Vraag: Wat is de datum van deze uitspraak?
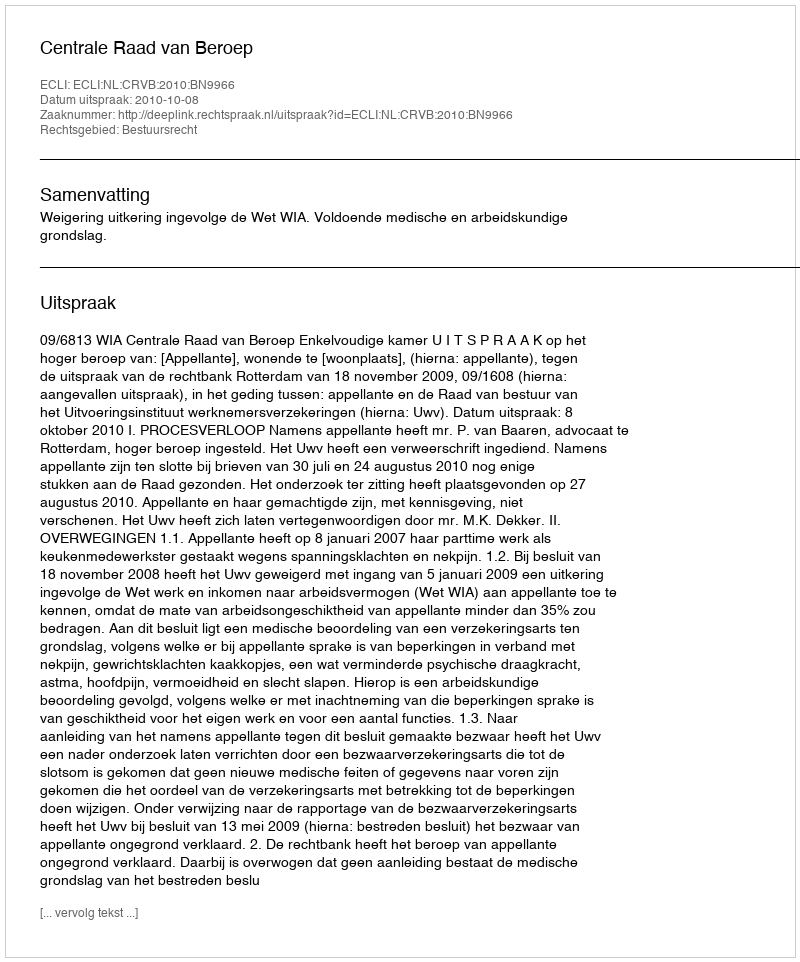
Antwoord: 2010-10-08